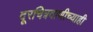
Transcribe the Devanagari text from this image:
दूरचित्रवाणीच्याही